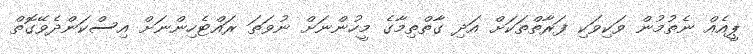
ޕީއެއް ނެތުމުން ވަކިވަކި ފަރާތްތަކަށް އަދި ގާތްތިމާގެ މީހުންނަށް ނުވަތަ ރައްޓެހިންނަށް އިސްކަންދެވޭގޮތް